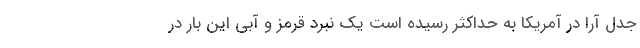
جدل آرا در آمریکا به حداکثر رسیده است یک نبرد قرمز و آبی این بار در